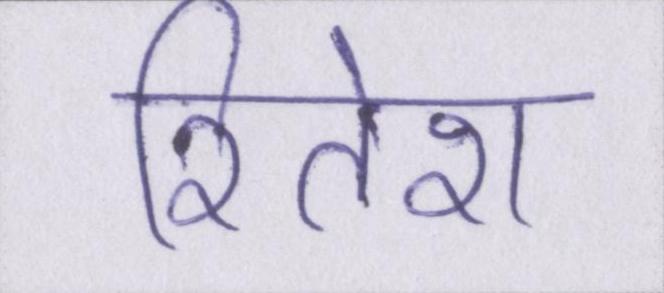
रितेश